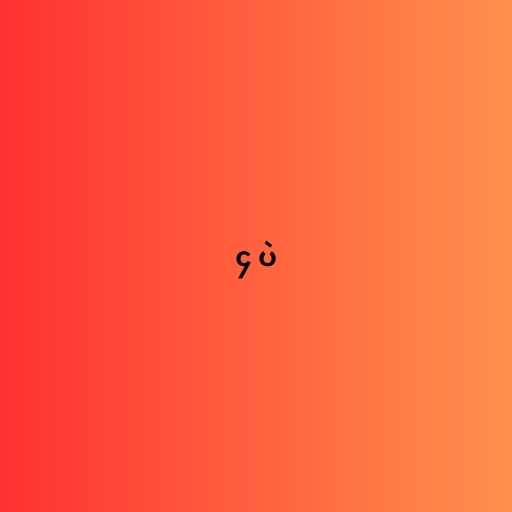
၄ ပဲ